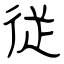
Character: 従